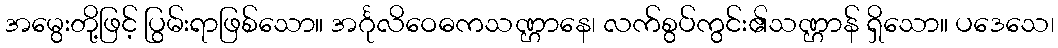
အမွေးတို့ဖြင့် ပြွမ်းရာဖြစ်သော။ အင်္ဂုလိဝေဓကသဏ္ဌာနေ၊ လက်စွပ်ကွင်း၏သဏ္ဌာန် ရှိသော။ ပဒေသေ၊